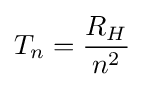
T_{n}={\frac {R_{H}}{n^{2}}}